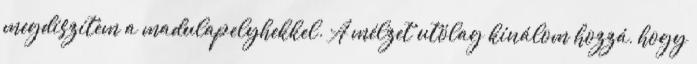
megdíszítem a madulapelyhekkel. A mélzet utólag kínálom hozzá, hogy